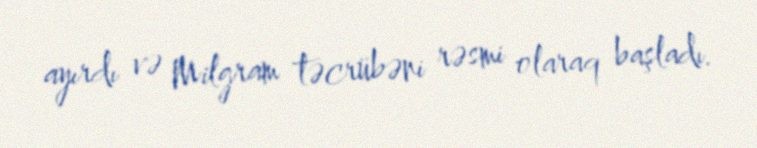
ayırdı və Milgram təcrübəni rəsmi olaraq başladı.